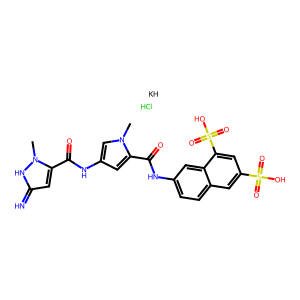
SMILES: Cl.Cn1cc(NC(=O)c2cc(=N)[nH]n2C)cc1C(=O)Nc1ccc2cc(S(=O)(=O)O)cc(S(=O)(=O)O)c2c1.[KH]
Inhibits HIV replication: No